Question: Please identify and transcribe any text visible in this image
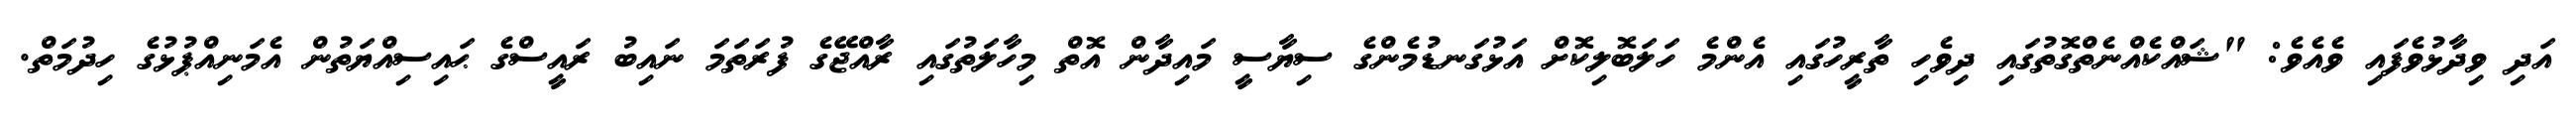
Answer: އަދި ވިދާޅުވެފައި ވެއެވެ: "ޝައްކެއްނެތްގޮތުގައި ދިވެހި ތާރީހުގައި އެންމެ ހަލަބޮލިކޮށް އަޅުގަނޑުމެންގެ ސިޔާސީ މައިދާން އޮތް މިހާލަތުގައި ރާއްޖޭގެ ފުރަތަމަ ނައިބު ރައީސްގެ ޙައިސިއްޔަތުން އެމަނިއްޕުޅުގެ ހިދުމަތް.